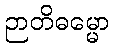
ဉာတိဓမ္မော